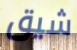
شيق